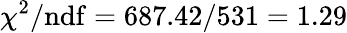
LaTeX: \chi^{2}/\mathrm{ndf}=687.42/531=1.29